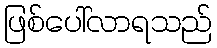
ဖြစ်ပေါ်လာရသည်